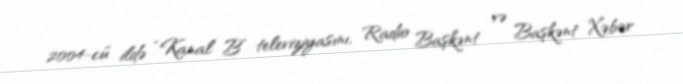
2004-cü ildə “Kanal B” televiziyasını, Radio Başkənt və Başkənt Xəbər